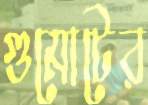
গুমোটের